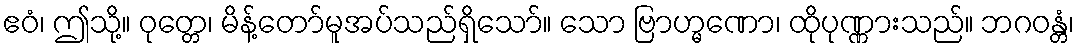
ဧဝံ၊ ဤသို့။ ဝုတ္တေ၊ မိန့်တော်မူအပ်သည်ရှိသော်။ သော ဗြာဟ္မဏော၊ ထိုပုဏ္ဏားသည်။ ဘဂဝန္တံ၊